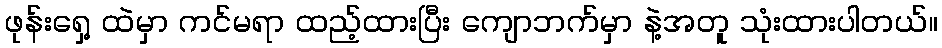
ဖုန်းရှေ့ ထဲမှာ ကင်မရာ ထည့်ထားပြီး ကျောဘက်မှာ နဲ့အတူ သုံးထားပါတယ်။